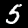
Digit: 5